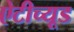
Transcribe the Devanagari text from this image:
ऐटीच्यूड